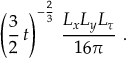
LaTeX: \left( \frac { 3 } { 2 } \, t \right) ^ { - { \frac { 2 } { 3 } } } \, \frac { L _ { x } L _ { y } L _ { \tau } } { 1 6 \pi } \ .